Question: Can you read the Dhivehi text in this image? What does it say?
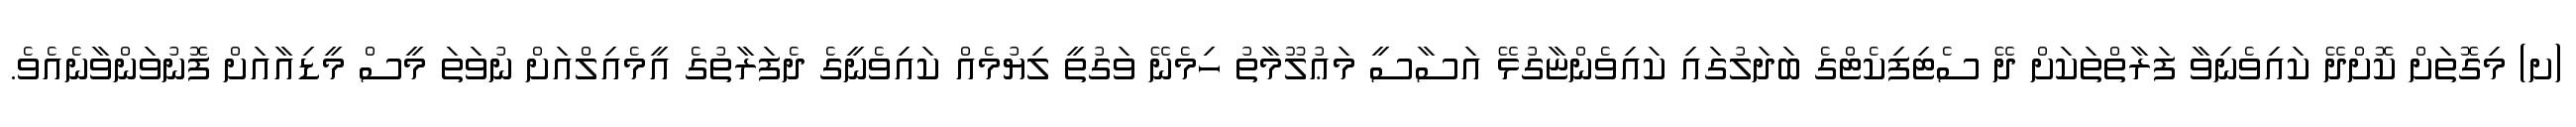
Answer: (ށ) މިގޮތަށް ކޮށްދޭ ކައިވެނިވާ ފަރާތްތަކަށް ދޭ ސެޓިފިކެޓްގެ ބަދަލުގައި ކައިވެންޏާގުޅޭ އަސާސީ މަޢުލޫމާތު ހިމެނޭ ވަގުތީ ލިޔުމެއް ކައިވެނީގެ ދެފަރާތުގެ އީމެއިލްއަށް ނުވަތަ މީސް މީޑިއާއަށް ފޮނުވަންވާނެއެވެ.